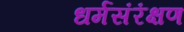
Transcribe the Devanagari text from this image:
धर्मसंरंक्षण